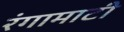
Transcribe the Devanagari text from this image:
रंगामाटी